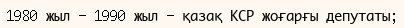
1980 жыл - 1990 жыл - қазақ КСР жоғарғы депутаты;